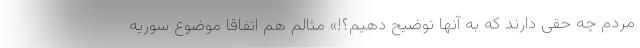
مردم چه حقی دارند که به آنها توضیح دهیم؟!» مثالم هم اتفاقا موضوع سوریه